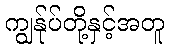
ကျွန်ုပ်တို့နှင့်အတူ